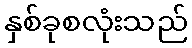
နှစ်ခုစလုံးသည်